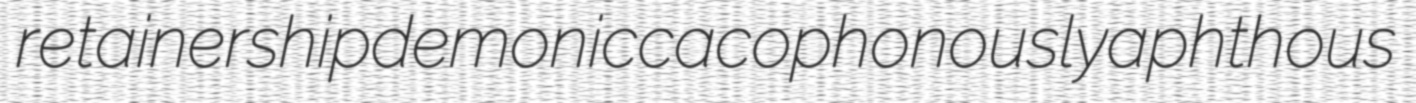
retainership demonic cacophonously aphthous